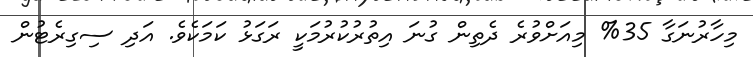
މިހާރުނަގާ 35% މިއަށްވުރެ ދެތިން ގުނަ އިތުރުކުރުމަކީ ރަގަޅު ކަމަކެވެ. އަދި ސިގިރެޓުން